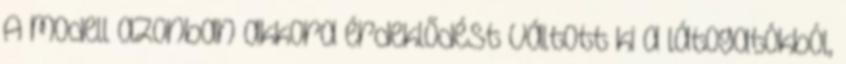
A modell azonban akkora érdeklődést váltott ki a látogatókból,